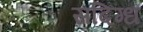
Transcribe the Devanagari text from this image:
सदिग्ध